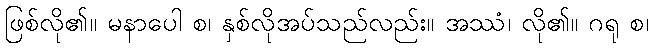
ဖြစ်လို၏။ မနာပေါ စ၊ နှစ်လိုအပ်သည်လည်း။ အဿံ၊ လို၏။ ဂရု စ၊